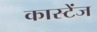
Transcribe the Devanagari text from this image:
कास्टेंज